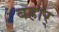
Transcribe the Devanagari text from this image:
बहार्